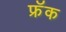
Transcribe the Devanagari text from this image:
फ्रॅक